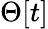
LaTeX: \Theta[t]